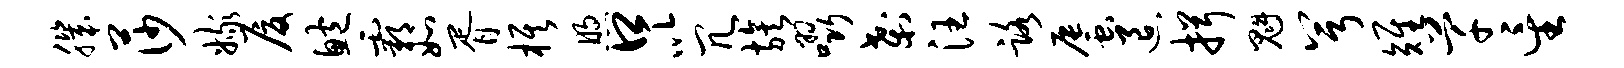
肌莎嫁厦鲍霸如胥旗煦口以冗族啜刹汪路蜃退揖魁兮雉芊星